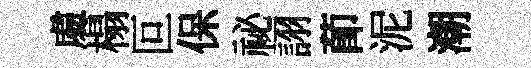
䖏榻叵保祕詡莭泥潮